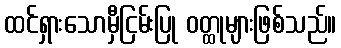
ထင်ရှားသောမှီငြမ်းပြု ဝတ္ထုများဖြစ်သည်။